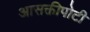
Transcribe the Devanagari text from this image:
आसक्तीपोटी